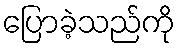
ပြောခဲ့သည်ကို